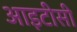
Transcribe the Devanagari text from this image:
आइटीसी